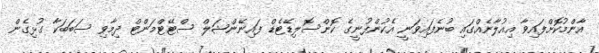
އާންމުކޮށްފައިވާ އިއުލާނެއްގައި ބުނެފައިވަނީ އެކުންފުނީގެ ކޮންސޮލިޑޭޓެޑް ފައިނޭންޝަލް ސްޓޭޓްމަންޓް ދިމާވި ސަބަބަކާ ގުޅިގެން